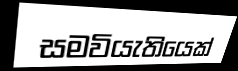
සමවියැතියෙක්